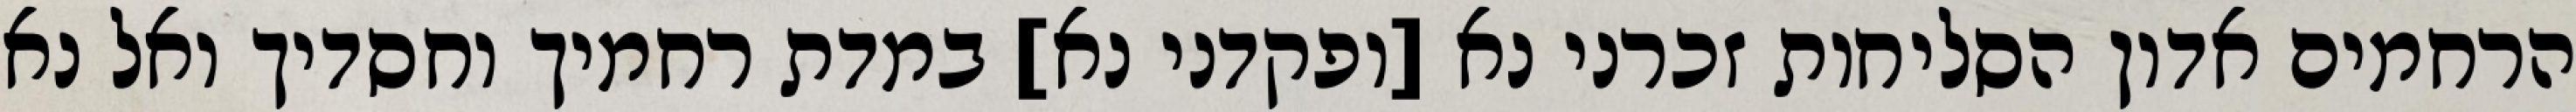
הרחמים אדון הסליחות זכרני נא [ופקדני נא] במדת רחמיך וחסדיך ואל נא